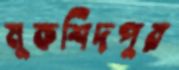
মুকশিদপুর